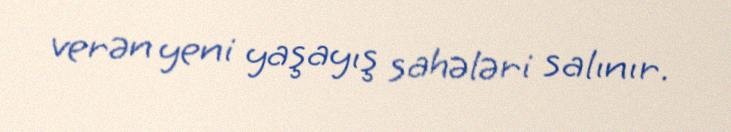
verən yeni yaşayış sahələri salınır.